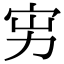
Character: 𡧚